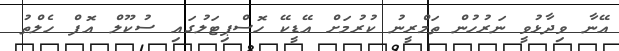
އޭނާ ވިދާޅުވީ ނަރުހުން ތަމްރީނު ކުރުމަށް އޭޑީކޭ ހޮސްޕިޓަލުގައި ސުކޫލް އޮފް ހެލްތު